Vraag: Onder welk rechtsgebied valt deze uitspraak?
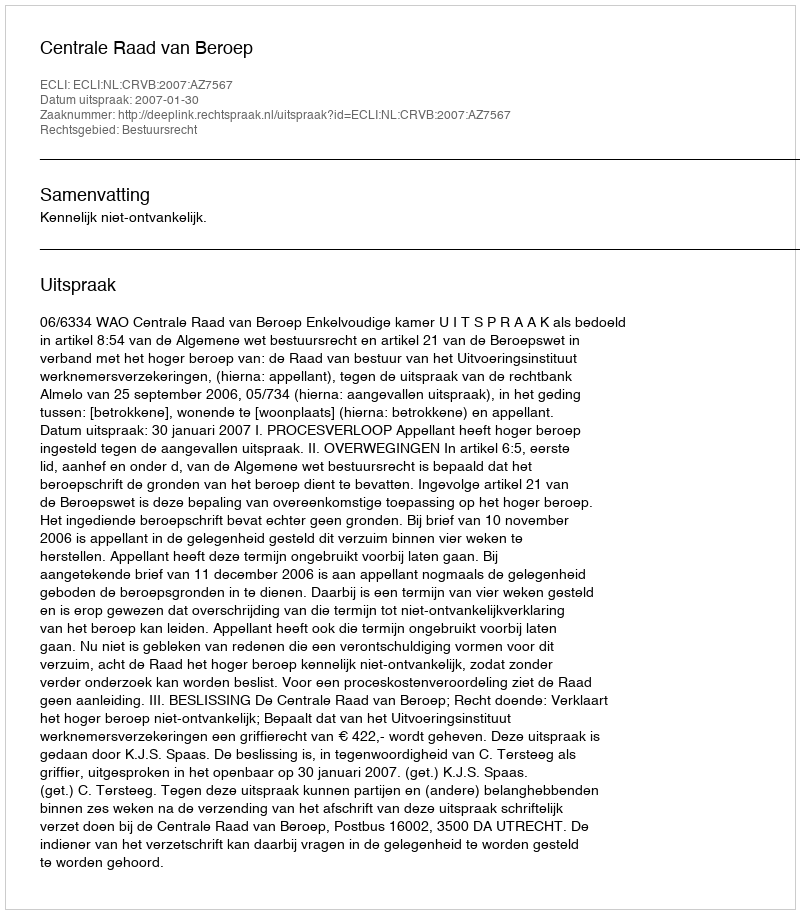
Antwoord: Bestuursrecht